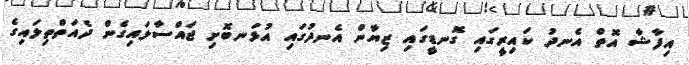
އިފާޝާ އޮތް އެނދު ކައިރީގައި ގޮނޑީގައި ޒިޔާން އެނދުގައި އުޅަނބޮށި ޖައްސާލައިގެން ދެއަތްތިލައިގެ